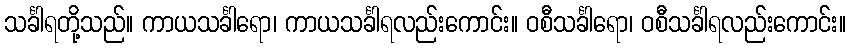
သင်္ခါရတို့သည်။ ကာယသင်္ခါရော၊ ကာယသင်္ခါရလည်းကောင်း။ ဝစီသင်္ခါရော၊ ဝစီသင်္ခါရလည်းကောင်း။